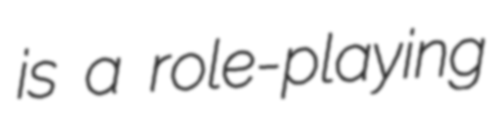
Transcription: is a role-playing